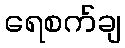
ရေစက်ချ